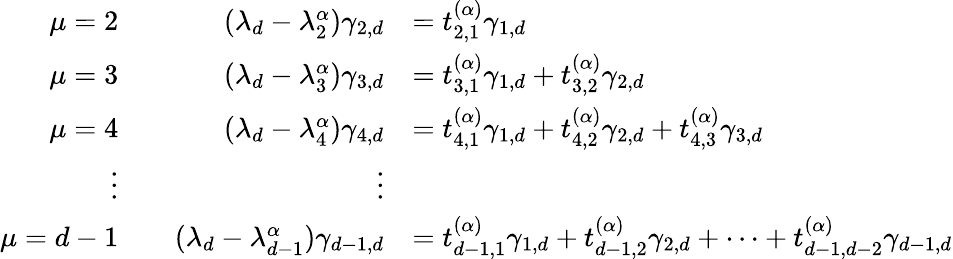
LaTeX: \begin{array}{rlrl}{\mu=2}&{}&{(\lambda_{d}-\lambda_{2}^{\alpha})\gamma_{2,d}}&{=t_{2,1}^{(\alpha)}\gamma_{1,d}}\\ {\mu=3}&{}&{(\lambda_{d}-\lambda_{3}^{\alpha})\gamma_{3,d}}&{=t_{3,1}^{(\alpha)}\gamma_{1,d}+t_{3,2}^{(\alpha)}\gamma_{2,d}}\\ {\mu=4}&{}&{(\lambda_{d}-\lambda_{4}^{\alpha})\gamma_{4,d}}&{=t_{4,1}^{(\alpha)}\gamma_{1,d}+t_{4,2}^{(\alpha)}\gamma_{2,d}+t_{4,3}^{(\alpha)}\gamma_{3,d}}\\ {\vdots}&{}&{\vdots}\\ {\mu=d-1}&{}&{(\lambda_{d}-\lambda_{d-1}^{\alpha})\gamma_{d-1,d}}&{=t_{d-1,1}^{(\alpha)}\gamma_{1,d}+t_{d-1,2}^{(\alpha)}\gamma_{2,d}+\cdots+t_{d-1,d-2}^{(\alpha)}\gamma_{d-1,d}}\end{array}